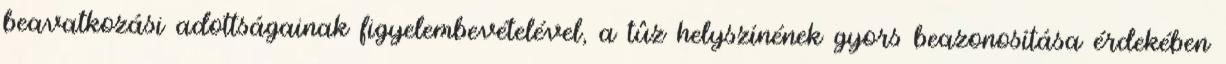
beavatkozási adottságainak figyelembevételével, a tûz helyszínének gyors beazonosítása érdekében